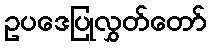
ဥပဒေပြုလွှတ်တော်